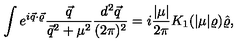
\int e ^ { i \vec { q } \cdot \vec { \varrho } } \frac { \vec { q } } { \vec { q } ^ { 2 } + \mu ^ { 2 } } \frac { d ^ { 2 } \vec { q } } { ( 2 \pi ) ^ { 2 } } = i \frac { | \mu | } { 2 \pi } K _ { 1 } ( | \mu | \varrho ) \hat { \varrho } ,